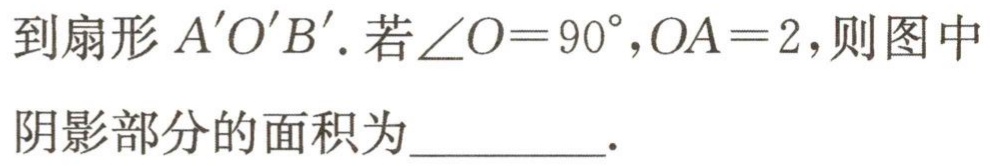
到扇形\(A'O'B'\). 若\(\angle O = 90^{\circ},OA = 2\),则图中

阴影部分的面积为_________.